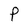
Character: P